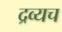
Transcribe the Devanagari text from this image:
द्रव्यच